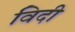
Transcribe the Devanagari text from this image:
विदी